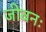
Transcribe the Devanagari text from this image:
जीवनः